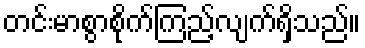
တင်းမာစွာစိုက်ကြည့်လျက်ရှိသည်။